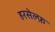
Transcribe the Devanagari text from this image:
हरसेल्फ़